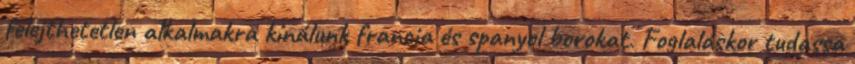
felejthetetlen alkalmakra kínálunk francia és spanyol borokat. Foglaláskor tudassa